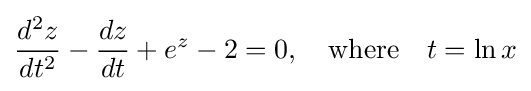
{\frac {d^{2}z}{dt^{2}}}-{\frac {dz}{dt}}+e^{z}-2=0,\quad {\text{where}}\quad t=\ln x